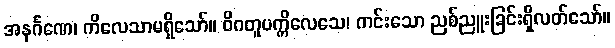
အနင်္ဂဏေ၊ ကိလေသာမရှိသော်။ ဝိဂတူပက္ကိလေသေ၊ ကင်းသော ညစ်ညူးခြင်းရှိလတ်သော်။